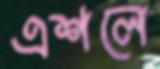
এশলে